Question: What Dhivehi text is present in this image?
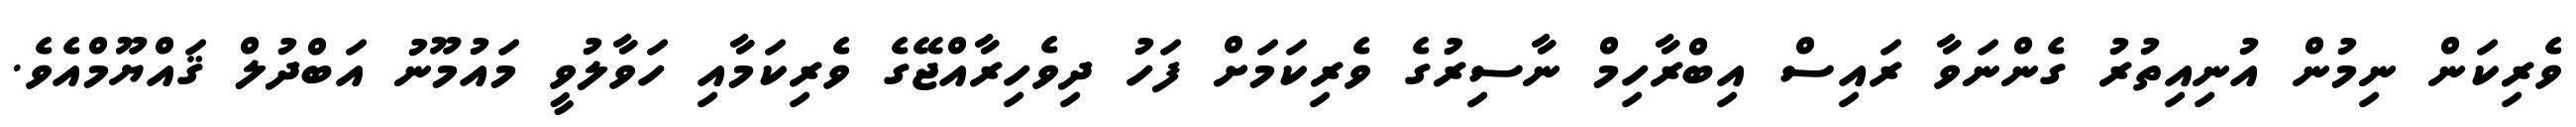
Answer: ވެރިކަން ނިމުން އުނިއިތުރު ގެންނަވާ ރައިސް އިބްރާހިމް ނާސިރުގެ ވެރިކަމަށް ފަހު ދިވެހިރާއްޖޭގެ ވެރިކަމާއި ހަވާލުވީ މައުމޫނު އަބްދުލް ޤައްޔޫމްއެވެ.